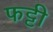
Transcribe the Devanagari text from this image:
फट्टी